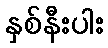
နှစ်နီးပါး